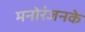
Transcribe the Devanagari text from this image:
मनोरंजनके